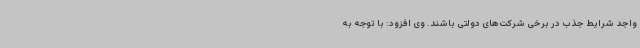
واجد شرایط جذب در برخی شرکت‌های دولتی باشند. وی افزود: با توجه به